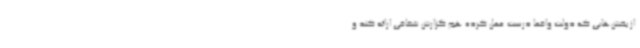
از بخش‌هایی که دولت واقعا درست عمل کرده هم گزارش شفافی ارائه کند و